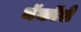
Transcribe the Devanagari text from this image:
मॅकॉले